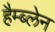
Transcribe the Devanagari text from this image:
हैम्ब्लेन